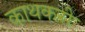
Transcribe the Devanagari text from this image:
काथकरी